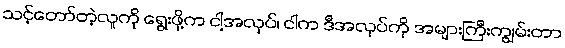
သင့်တော်တဲ့လူကို ရွေးဖို့က ငါ့အလုပ်၊ ငါက ဒီအလုပ်ကို အများကြီးကျွမ်းတာ